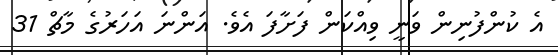
އެ ކުންފުނިން ވަނީ ވިއްކަން ފަށާފަ އެވެ. އަންނަ އަހަރުގެ މާޗް 31